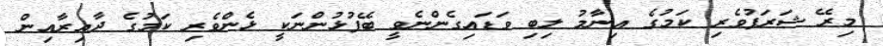
މިރޭ ޝަރަފުވެރި ކަމުގެ އިނާމު ލިބި ވަޑައިގެންނެވީ ބޭފުޅުންނަކީ ޅެންވެރި ކަމުގެ ދާއިރާއިން